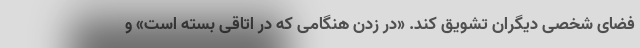
فضای شخصی دیگران تشویق کند. «در زدن هنگامی که در اتاقی بسته است» و